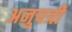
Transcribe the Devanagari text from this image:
अनुपत्री